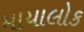
માયાલોક